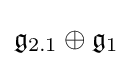
{\mathfrak {g}}_{2.1}\oplus {\mathfrak {g}}_{1}